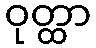
ဝုတ္ထာ